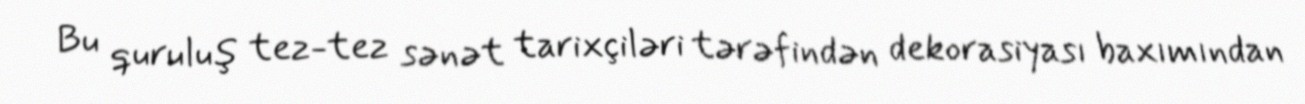
Bu quruluş tez-tez sənət tarixçiləri tərəfindən dekorasiyası baxımından